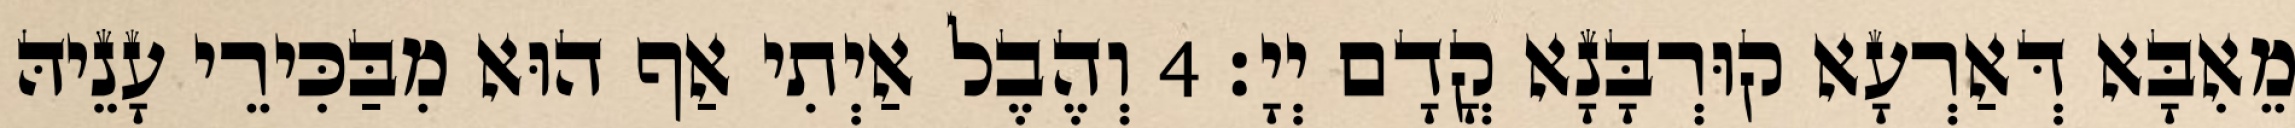
מֵאִבָּא דְּאַרְעָא קוּרְבָּנָא קֳדָם יְיָ׃ 4 וְהֶבֶל אַיְתִי אַף הוּא מִבַּכִּירֵי עָנֵיהּ